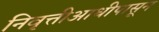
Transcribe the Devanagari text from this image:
निवृत्तीआधीपासून